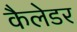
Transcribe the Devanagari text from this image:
कैलेडर